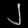
Digit: ၂